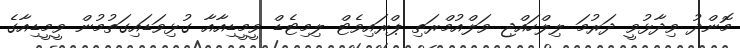
މޮންދު ވިދާޅުވީ ދަރުމަ ލިލްހައްޖި ވަލްއުމްރަތި ޕްރައިވެޓް ލިމިޓެޑް ވީމީޑިއާއާ ގުޅިވަޑައިގަތުމުން ވީމީޑިއާގެ